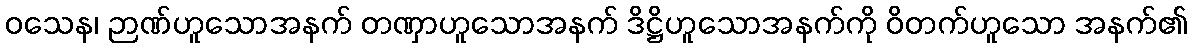
ဝသေန၊ ဉာဏ်ဟူသောအနက် တဏှာဟူသောအနက် ဒိဋ္ဌိဟူသောအနက်ကို ဝိတက်ဟူသော အနက်၏